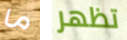
ما تظهر